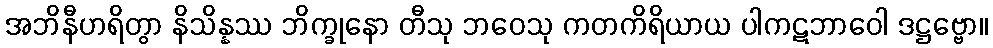
အဘိနီဟရိတွာ နိသိန္နဿ ဘိက္ခုနော တီသု ဘဝေသု ကတကိရိယာယ ပါကဋဘာဝေါ ဒဋ္ဌဗ္ဗော။